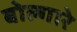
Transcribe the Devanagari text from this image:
बोल्गारे